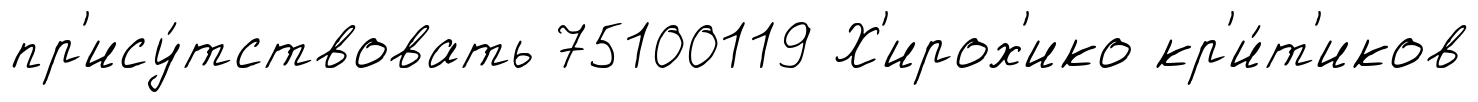
пр'ису́тствовать 75100119 Х'ирох'ико кр'и́т'иков